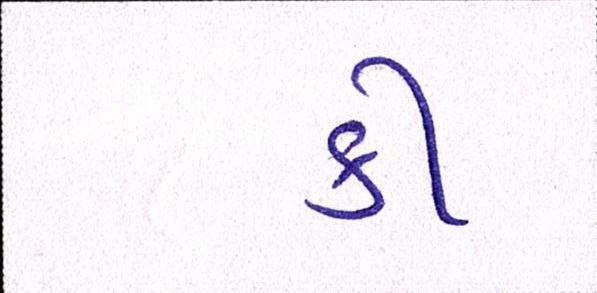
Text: કી